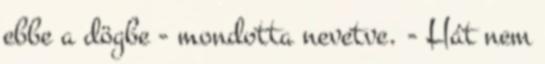
ebbe a dögbe - mondotta nevetve. - Hát nem